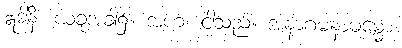
ဣဒါနိ၊ ယခုအခါ၌။ အဟံ၊ ငါသည်။ အနာဂမနာဓမ္မော၊